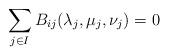
LaTeX: \begin{align*} \sum_{j \in I}B_{ij} (\lambda_j, \mu_j, \nu_j) =0\end{align*}